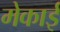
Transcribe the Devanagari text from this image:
मेकाई